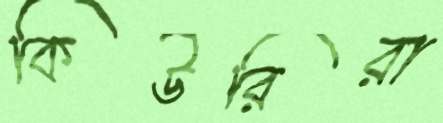
কিউরিরা